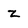
Character: Z